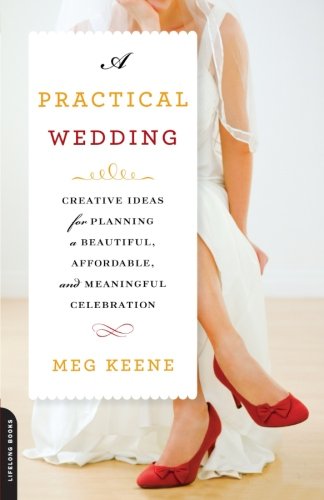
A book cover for A Practical Wedding: Creative Ideas for Planning a Beautiful, Affordable, and Meaningful Celebration; Meg Keene; Crafts, Hobbies & Home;